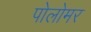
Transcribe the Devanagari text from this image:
पोलोमर